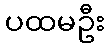
ပထမဦး